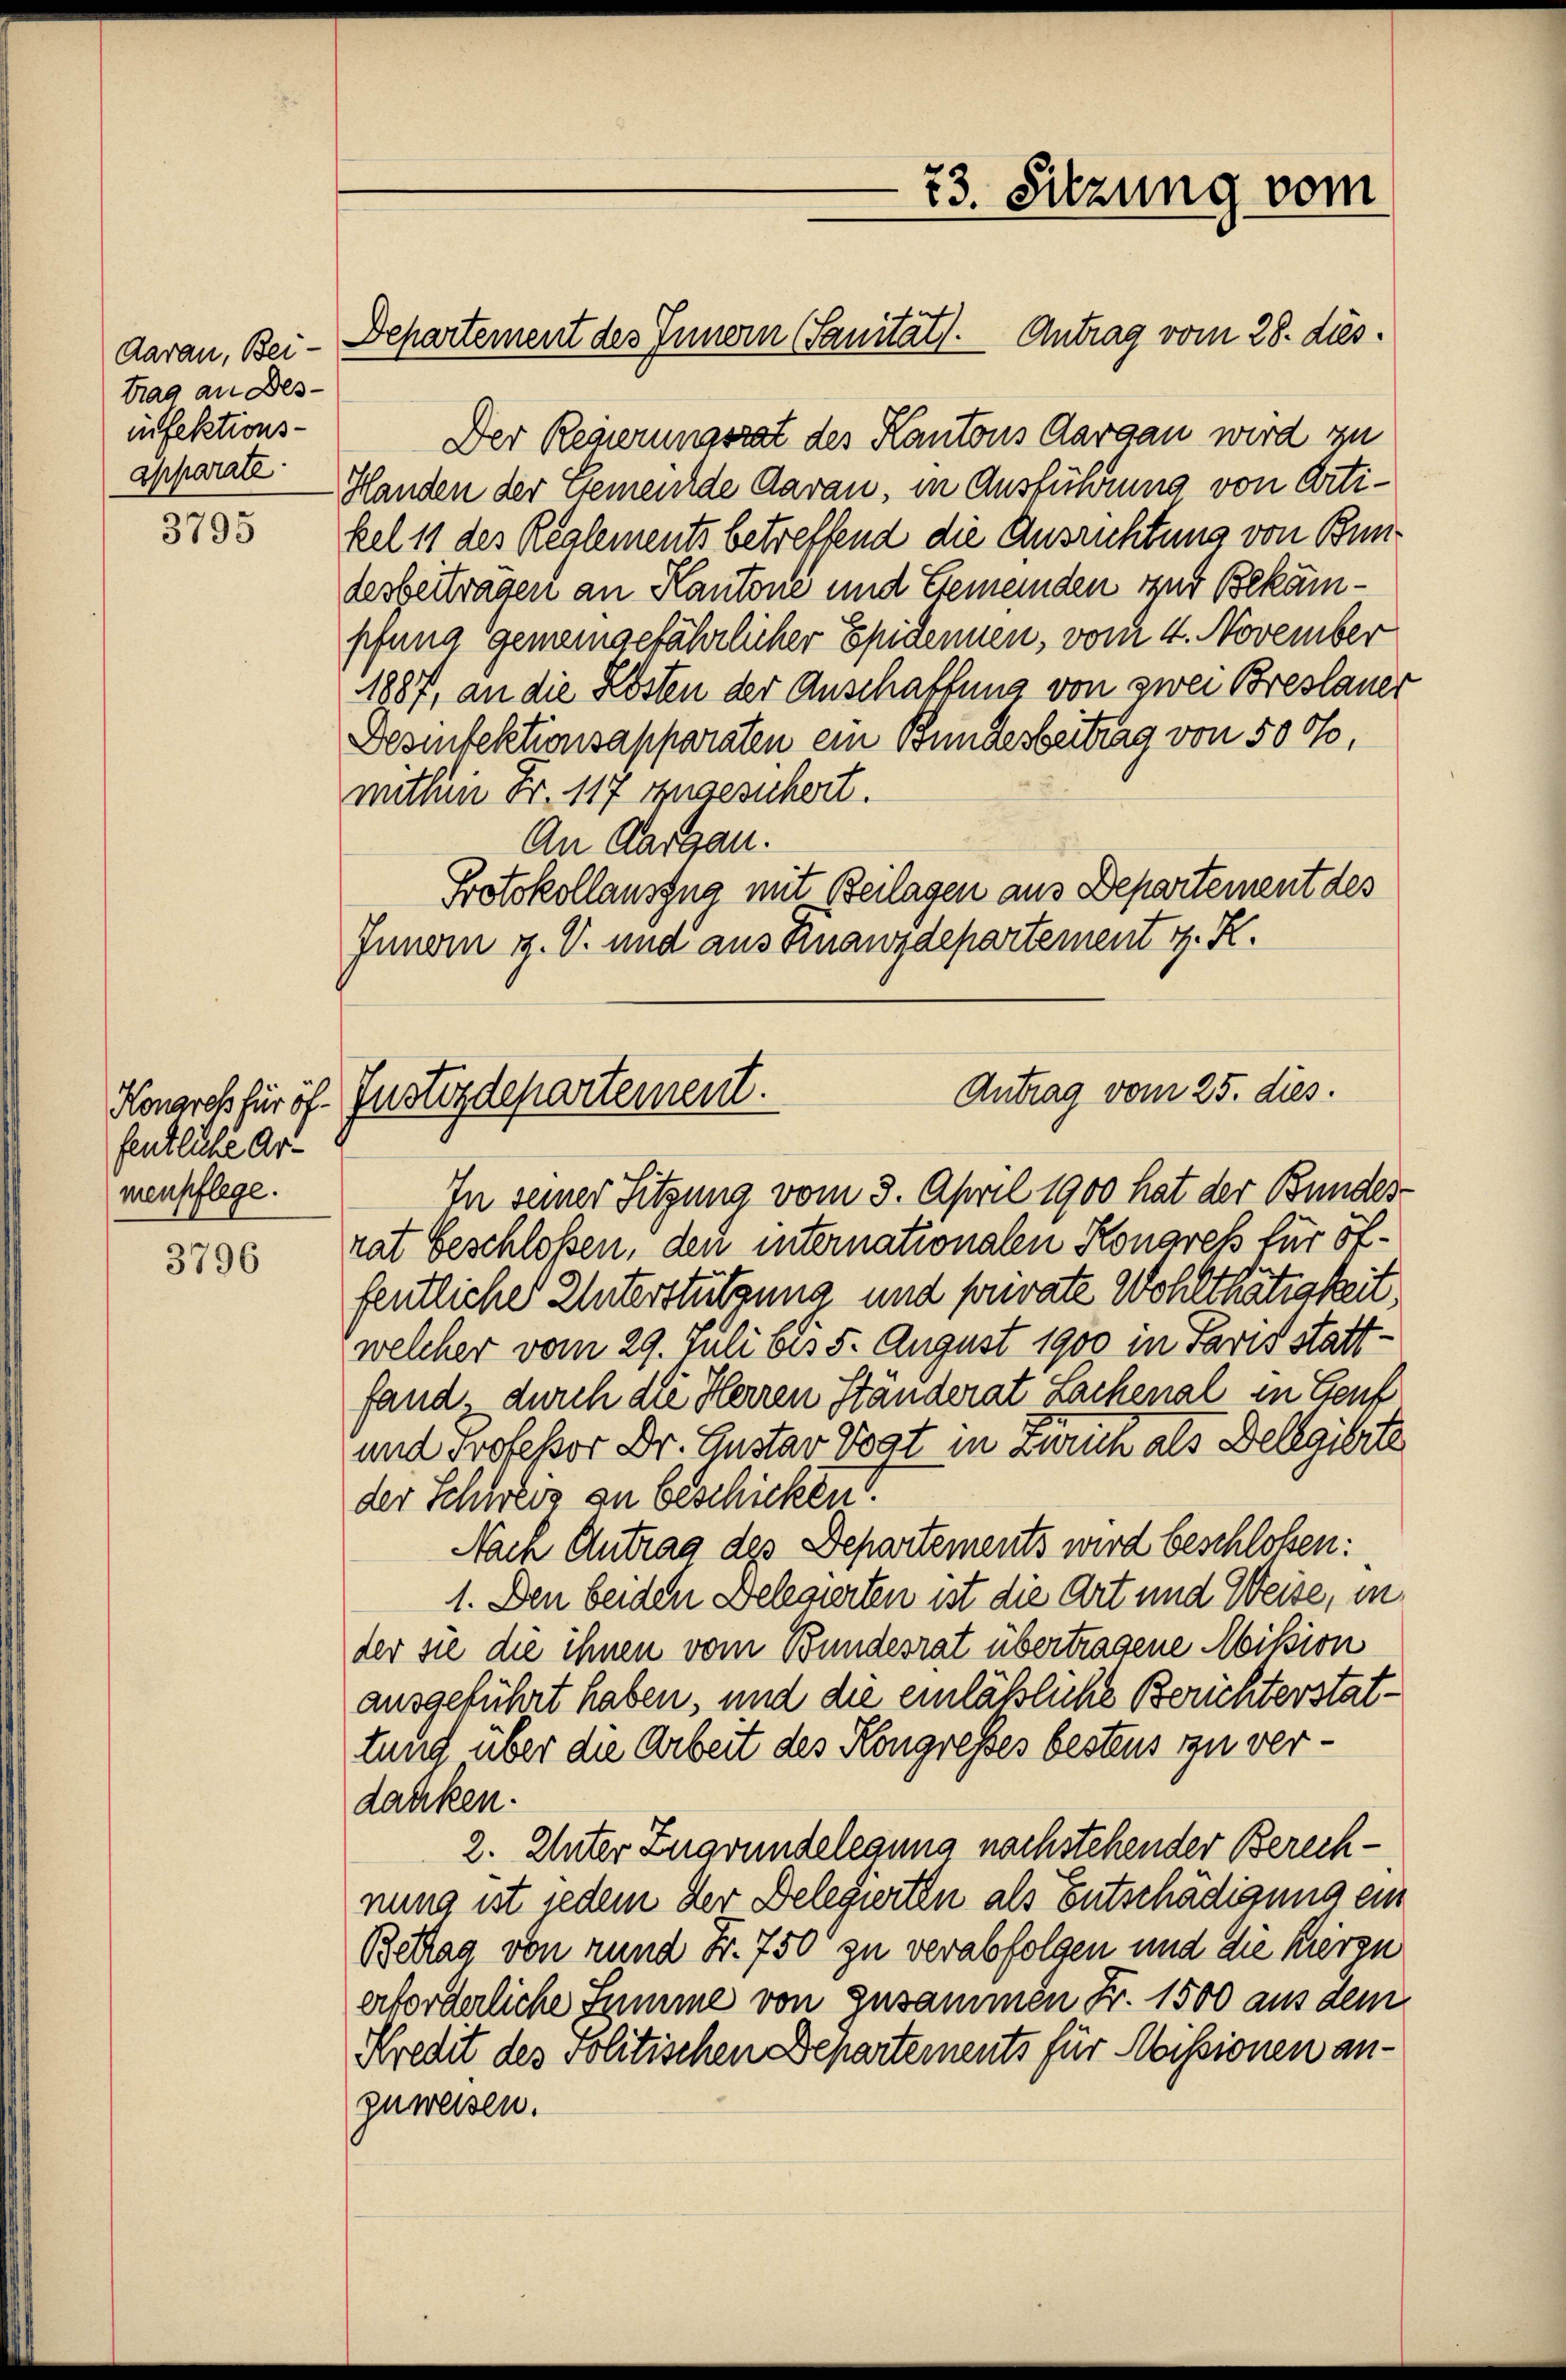
Aarau, Beitrag an Des-
infektions-
apparate

3795

fentliche Armenpflege.

3796

Der Regierungsrat des Kantons Aargau wird zu
Handen der Gemende Aarau, in Ausführung von Artikel 11 des Reglements betreffend die Ausrichtung von Bundesbeitragen an Kantone und Gemeinden zur Bekämpfung Gemeingefährlicher Epidenen, vom 4. November
1887, an die Kosten der Anschaffung von zwei Breslauer
Desinfektionsapparaten ein Bundesbeitrag von 50 %,
mithin Fr. 117 zugesuchert.
An Aargau.
Protokollauszug mit Beilagen aus Departement des
Innern z. B. und aus Finanzdepartement v. K.

Departement des Innern (Sanität. Antrag vom 28. dies

73. Sitzung vom

In seiner Sitzung vom 3. April 1900 hat der Bundes-
rat beschloßen, den internationalen Konares für öffentliche Unterstützung und sonate Wohlthätigkeit,
welcher vom 29. Juli bis 5. August 1900 in Paris stattfand, durch die Herren Ständerat Lachenal in Genf
und Professor Dr. Gustar Vogt in Zürich als Delegibite
der Schweiz an beschicken
Nach Antrag des Departements wird beschloßen:
1. Den beiden Delegierten ist die Art und Weise, in
der sie die ihnen vom Bundesrat übertragene Mission
ausgeführt haben, und die einläßliche Berichterstattung über die Arbeit des Kongresses bestens zu verdanken.
2. Unter Zugrundelegung nachstehender Berechnung ist jedem der Delegierten als Entschädigung ein
Bettag von rund Fr. 750 zu verabfolgen und die hiergu
erforderliche Summe von zusammen Fr. 1500 aus dem
Kredit des Politischen Departements für Missionen anzuweisen.

Antrag vom 25. dies
Konarch für öf- Justizdepartement.